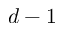
d - 1